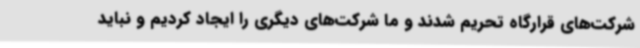
شرکت‌های قرارگاه تحریم شدند و ما شرکت‌های دیگری را ایجاد کردیم و نباید